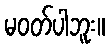
မဝတ်ပါဘူး။